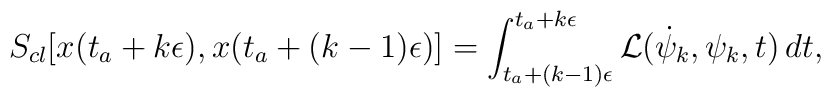
S_{cl}[x(t_{a}+k\epsilon),x(t_{a}+(k-1)\epsilon)]=\int_{t_{a}+(k-1)\epsilon}^{t_{a}+k\epsilon}{\cal{L}}(\dot{\psi}_{k},\psi_{k},t)\,dt ,